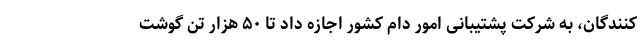
کنندگان، به شرکت پشتیبانی امور دام کشور اجازه داد تا ۵۰ هزار تُن گوشت